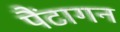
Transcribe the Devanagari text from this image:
पैंटागन